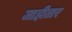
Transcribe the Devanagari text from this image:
जाहीतार